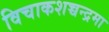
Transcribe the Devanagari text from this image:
विचाकशच्चन्द्रमा